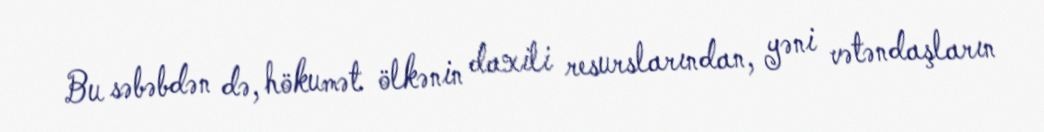
Bu səbəbdən də, hökumət ölkənin daxili resurslarından, yəni vətəndaşların